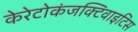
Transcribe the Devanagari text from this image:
केरेटोकंजक्टिवाइटिस